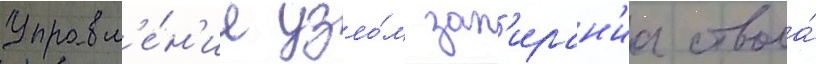
Управл'е́н'ие узло́м зап'иран'иа ствола́